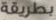
بطريقة